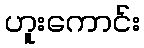
ဟူးကောင်း